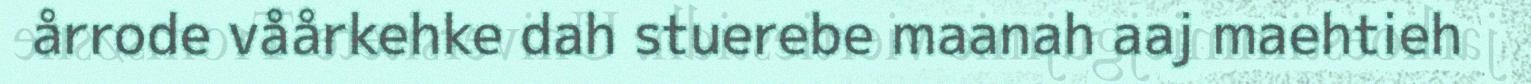
årrode våårkehke dah stuerebe maanah aaj maehtieh